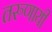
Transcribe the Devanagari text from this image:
तरुणायी